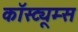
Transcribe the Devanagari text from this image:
कॉस्ट्यूम्स